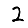
Digit: 2